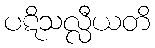
ပဋိသလ္လီယတိ